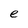
Character: e